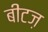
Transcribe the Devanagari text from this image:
बीटज़